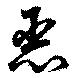
惡